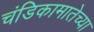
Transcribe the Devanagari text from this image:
चंडिकामातेच्या